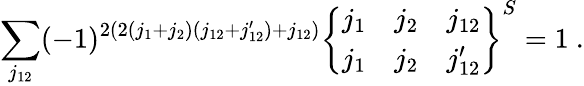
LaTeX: \sum_{j_{12}}(-1)^{2(2(j_{1}+j_{2})(j_{12}+j_{12}^{\prime})+j_{12})}\left\{ \begin{array}{ccc}{{j_{1}}}&{{j_{2}}}&{{j_{12}}}\\ {{j_{1}}}&{{j_{2}}}&{{j_{12}^{\prime}}}\end{array}\right\} ^{S}=1~.